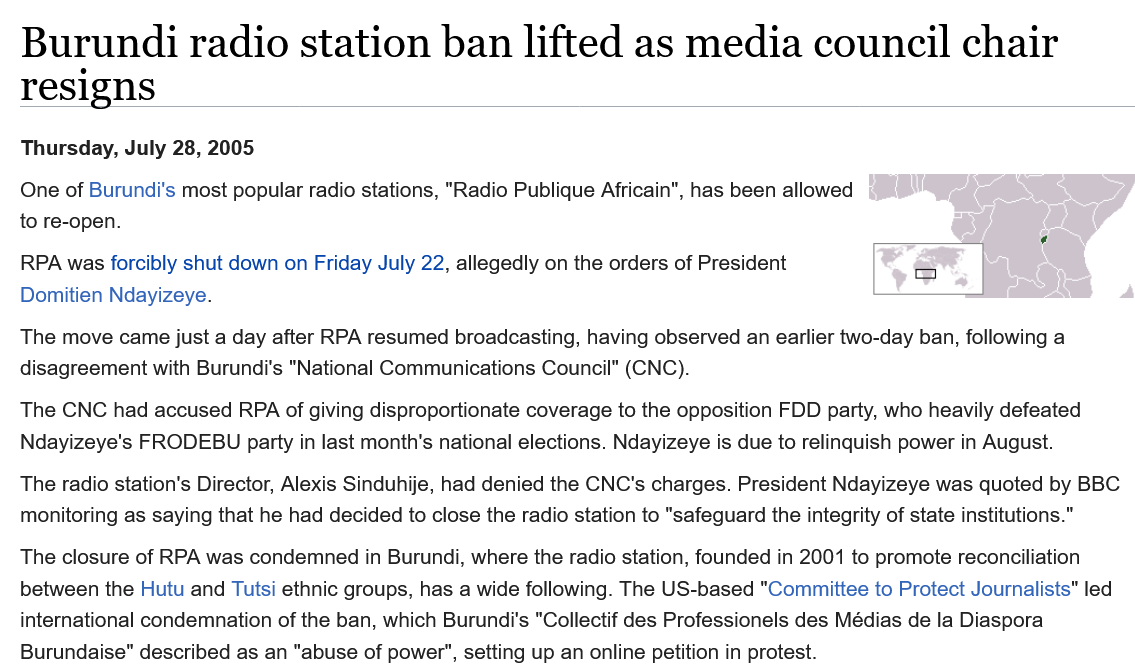
Burundi    radio    station    ban    lifted    as   media    council    chair
   resigns
   RPA was forcibly shut down on Friday July 22, allegedly on the orders of President
   Domitien Ndayizeye.
  The  closure of RPA was condemned in Burundi, where the radio station, founded in 2001 to promote reconciliation
   between the Hutu and Tutsi ethnic groups, has a wide following. The US-based "Committee to Protect Journalists" led
   international condemnation of the ban, which Burundi's "Collectif des Professionels des Médias de la Diaspora
   Burundaise" described as an "abuse of power", setting up an online petition in protest.
  The radio station's Director, Alexis Sinduhije, had denied the CNC's charges. President Ndayizeye was quoted by BBC.
   monitoring as saying that he had decided to close the radio station to "safeguard the integrity of state institutions."
  The  CNC  had accused RPA of giving disproportionate coverage to the opposition FDD party, who heavily defeated
   Ndayizeye's FRODEBU party in last month's national elections. Ndayizeye is due to relinquish power in August.
  The  move came just a day after RPA resumed broadcasting, having observed an earlier two-day ban, following a
   disagreement with Burundi's "National Communications Council" (CNC).
   Thursday, July 28, 2005
   One of Burundi’s most popular radio stations, "Radio Publique Africain", has been allowed
  to re-open.